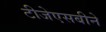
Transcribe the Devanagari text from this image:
टीजेएसबीने